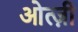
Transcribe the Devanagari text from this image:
ओत्ज़ी